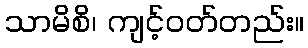
သာမိစိ၊ ကျင့်ဝတ်တည်း။